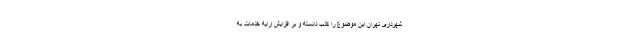
شهرداری تهران این موضوع را کذب دانسته و بر افزایش ارایه خدمات به